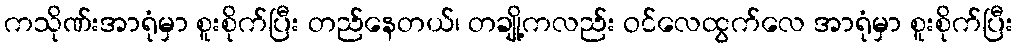
ကသိုဏ်းအာရုံမှာ စူးစိုက်ပြီး တည်နေတယ်၊ တချို့ကလည်း ဝင်လေထွက်လေ အာရုံမှာ စူးစိုက်ပြီး